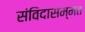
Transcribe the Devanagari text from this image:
संविदासम्मत